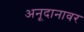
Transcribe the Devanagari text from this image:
अनूदानावर